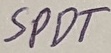
Text: SPDT